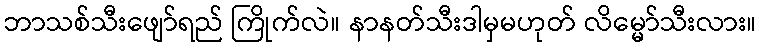
ဘာသစ်သီးဖျော်ရည် ကြိုက်လဲ။ နာနတ်သီးဒါမှမဟုတ် လိမ္မော်သီးလား။